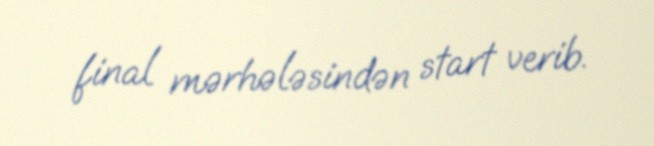
final mərhələsindən start verib.